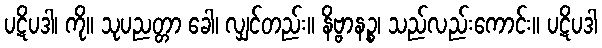
ပဋိပဒါ၊ ကို။ သုပညတ္တာ ခေါ၊ လျှင်တည်း။ နိဗ္ဗာနဉ္စ၊ သည်လည်းကောင်း။ ပဋိပဒါ